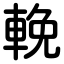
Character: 輓